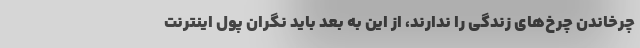
چرخاندن چرخ‌های زندگی را ندارند، از این به بعد باید نگران پول اینترنت